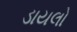
ડાયલો